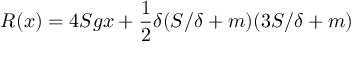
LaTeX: R ( x ) = 4 S g x + { \frac { 1 } { 2 } } \delta ( S / \delta + m ) ( 3 S / \delta + m )